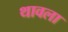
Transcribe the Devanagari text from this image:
थावला